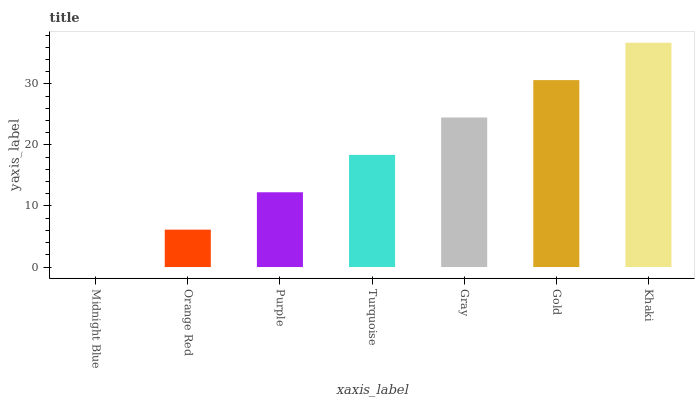
| xaxis_label | bars |
 | --- | --- |
 | Midnight Blue | 0 |
 | Orange Red | 6.12 |
 | Purple | 12.2 |
 | Turquoise | 18.4 |
 | Gray | 24.5 |
 | Gold | 30.6 |
 | Khaki | 36.7 |